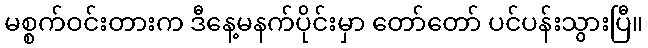
မစ္စက်ဝင်းတားက ဒီနေ့မနက်ပိုင်းမှာ တော်တော် ပင်ပန်းသွားပြီ။